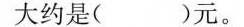
大约是( )元。